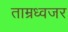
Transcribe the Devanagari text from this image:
ताम्रध्वजर